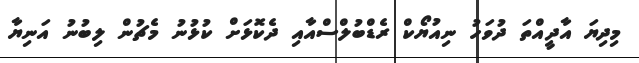
މިދިޔަ އާދީއްތަ ދުވަހު ނިއުޔޯކް ރެޑްބުލްސްއާއި ދެކޮޅަށް ކުޅުނު މެޗުން ލިބުނު އަނިޔާ